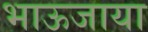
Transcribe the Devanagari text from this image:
भाऊजाया